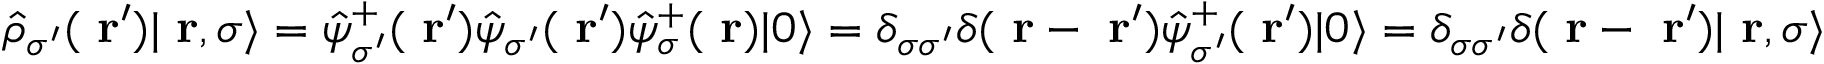
\hat { \rho } _ { \sigma ^ { \prime } } ( \mathrm { \bf ~ r } ^ { \prime } ) | \mathrm { \bf ~ r } , \sigma \rangle = \hat { \psi } _ { \sigma ^ { \prime } } ^ { + } ( \mathrm { \bf ~ r } ^ { \prime } ) \hat { \psi } _ { \sigma ^ { \prime } } ( \mathrm { \bf ~ r } ^ { \prime } ) \hat { \psi } _ { \sigma } ^ { + } ( \mathrm { \bf ~ r } ) | 0 \rangle = \delta _ { \sigma \sigma ^ { \prime } } \delta ( \mathrm { \bf ~ r } - \mathrm { \bf ~ r } ^ { \prime } ) \hat { \psi } _ { \sigma ^ { \prime } } ^ { + } ( \mathrm { \bf ~ r } ^ { \prime } ) | 0 \rangle = \delta _ { \sigma \sigma ^ { \prime } } \delta ( \mathrm { \bf ~ r } - \mathrm { \bf ~ r } ^ { \prime } ) | \mathrm { \bf ~ r } , \sigma \rangle